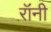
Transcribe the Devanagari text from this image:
रॉंनी